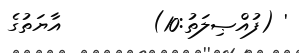
' (ފުއްޞިލަތު:10)        އާޔަތުގެ